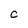
Character: C